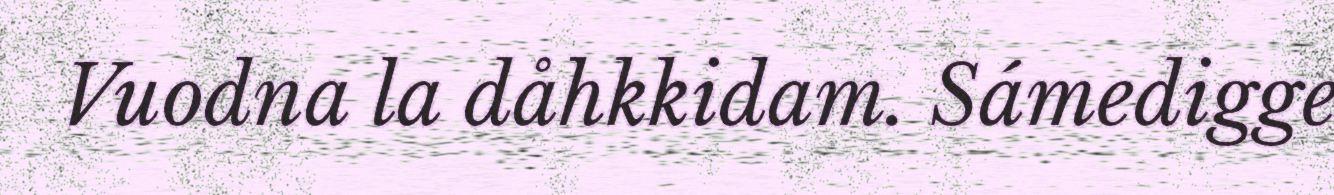
Vuodna la dåhkkidam. Sámedigge